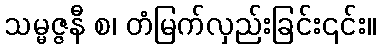
သမ္မဇ္ဇနီ စ၊ တံမြက်လှည်းခြင်း၎င်း။